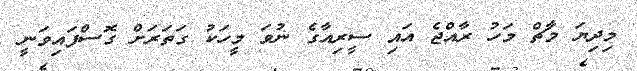
މިދިޔަ މާޗް މަހު ރާއްޖެ އައި ސީރިއާގެ ނުވަ މީހަކު ގަތަރަށް ގޮސްފައިވަނީ